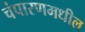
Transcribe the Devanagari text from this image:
चंपारणमधील